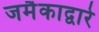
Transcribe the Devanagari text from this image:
जमैकाद्वारे